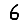
Digit: 6